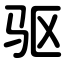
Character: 驱